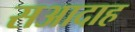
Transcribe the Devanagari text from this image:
सआदाह